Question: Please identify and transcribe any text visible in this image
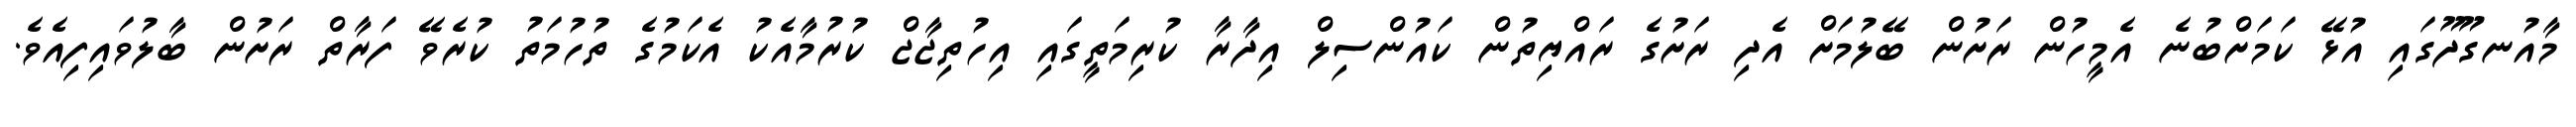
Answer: މާއުނގޫދޫގައި އުޅޭ ކަމަށްބުނެ އެމީހުން ރަށުން ބޭލުމަށް އެދި ރަށުގެ ރައްޔިތުން ކައުންސިލް އިދާރާ ކުރިމަތީގައި އިހުތިޖާޖް ކުރުމާއެކު އެކަމުގެ ތުހުމަތު ކުރެވޭ ފަރާތް ރަށުން ބާލުވައިފިއެވެ.